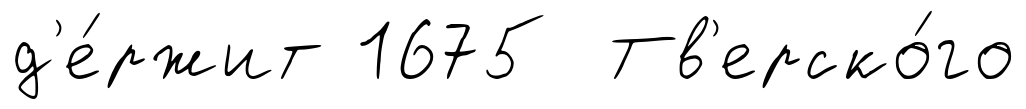
д'е́ржит 1675 Тв'ерско́го